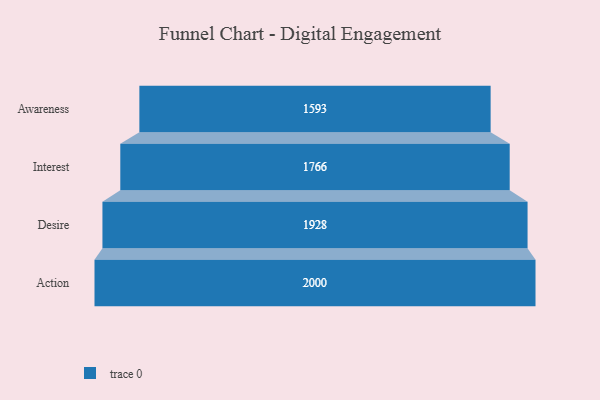
{"axis": {"x": "Stage", "y": "Value"}, "legend": [""], "data": [{"x": "Awareness", "y": 1593.0, "type": ""}, {"x": "Interest", "y": 1766.0, "type": ""}, {"x": "Desire", "y": 1928.0, "type": ""}, {"x": "Action", "y": 2000, "type": ""}]}